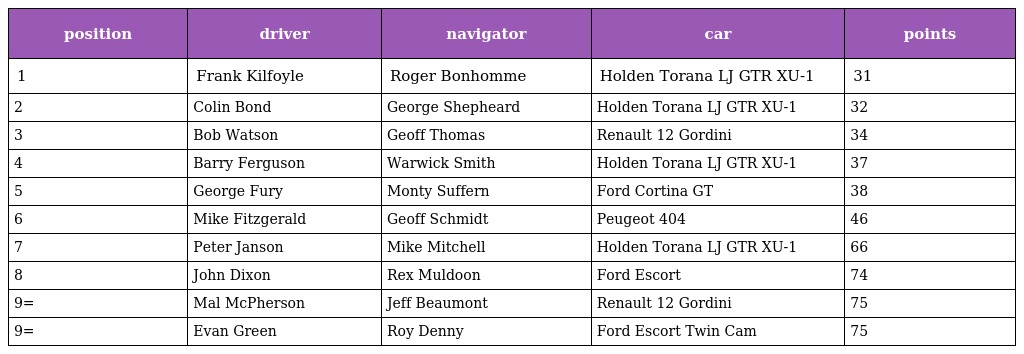
| position | driver | navigator | car | points |
 | --- | --- | --- | --- | --- |
 | 1 | Frank Kilfoyle | Roger Bonhomme | Holden Torana LJ GTR XU-1 | 31 |
 | 2 | Colin Bond | George Shepheard | Holden Torana LJ GTR XU-1 | 32 |
 | 3 | Bob Watson | Geoff Thomas | Renault 12 Gordini | 34 |
 | 4 | Barry Ferguson | Warwick Smith | Holden Torana LJ GTR XU-1 | 37 |
 | 5 | George Fury | Monty Suffern | Ford Cortina GT | 38 |
 | 6 | Mike Fitzgerald | Geoff Schmidt | Peugeot 404 | 46 |
 | 7 | Peter Janson | Mike Mitchell | Holden Torana LJ GTR XU-1 | 66 |
 | 8 | John Dixon | Rex Muldoon | Ford Escort | 74 |
 | 9= | Mal McPherson | Jeff Beaumont | Renault 12 Gordini | 75 |
 | 9= | Evan Green | Roy Denny | Ford Escort Twin Cam | 75 |